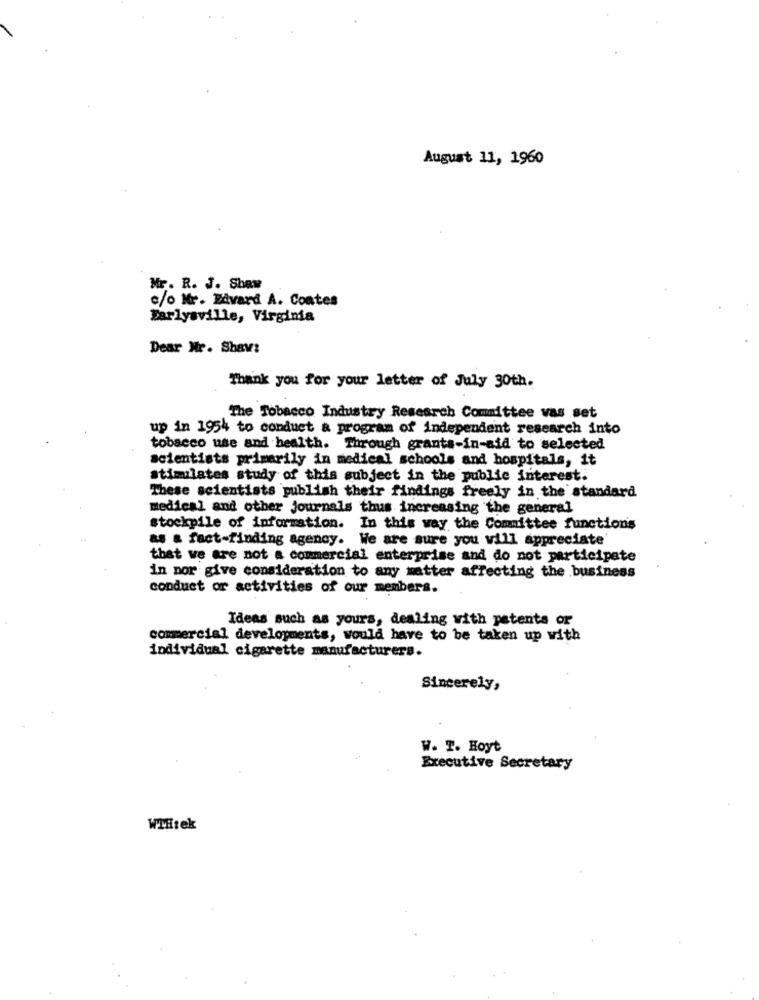
August 11, 1960
Mr. R. J. Shew
c/o Mr. Edvard A. Coates
Earlyaville, Virginia
Dear Mr. Shaw:
Thank you for your letter of July 30th.
The Tobacco Industry Research Committee vas set
up in 1954 to conduct & program of independent research into
tobacco use and health. Through grants-in-aid to selected
scientists primarily in medical schools and hospitals, it
stimulates study of this subject in the public interest.
These scientists publish their findings freely in the standard
medical and other journals thus increasing the general
stockpile of information. In this way the Committee functions
as a fact-finding agency. We are sure you will appreciate
that we are not a commercial enterprise and do not participate
in nor give consideration to any matter affecting the business
conduct or activities of our members.
Ideas such as yours, dealing with patents or
commercial developments, would have to be taken up with
individual cigarette manufacturers.
Sincerely,
W. T. Hoyt
Executive Secretary
WMitek